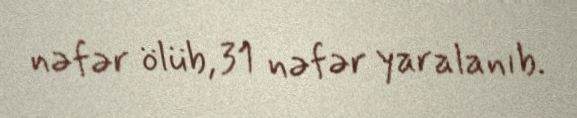
nəfər ölüb, 31 nəfər yaralanıb.